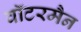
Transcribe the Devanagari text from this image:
वॉटरमैन